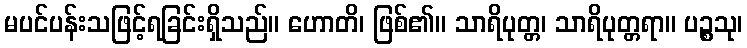
မပင်ပန်းသဖြင့်ရခြင်းရှိသည်။ ဟောတိ၊ ဖြစ်၏။ သာရိပုတ္တ၊ သာရိပုတ္တရာ။ ပဉ္စသု၊